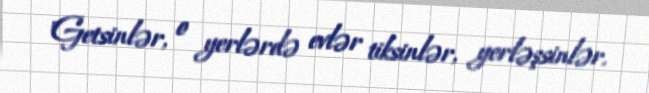
"Getsinlər, o yerlərdə evlər tiksinlər, yerləşsinlər.